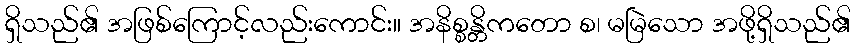
ရှိသည်၏ အဖြစ်ကြောင့်လည်းကောင်း။ အနိစ္စန္တိကတော စ၊ မမြဲသော အဖို့ရှိသည်၏